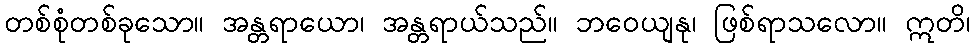
တစ်စုံတစ်ခုသော။ အန္တရာယော၊ အန္တရာယ်သည်။ ဘဝေယျနု၊ ဖြစ်ရာသလော။ ဣတိ၊